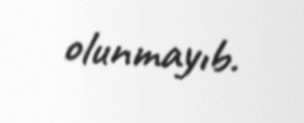
olunmayıb.